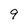
Character: 9